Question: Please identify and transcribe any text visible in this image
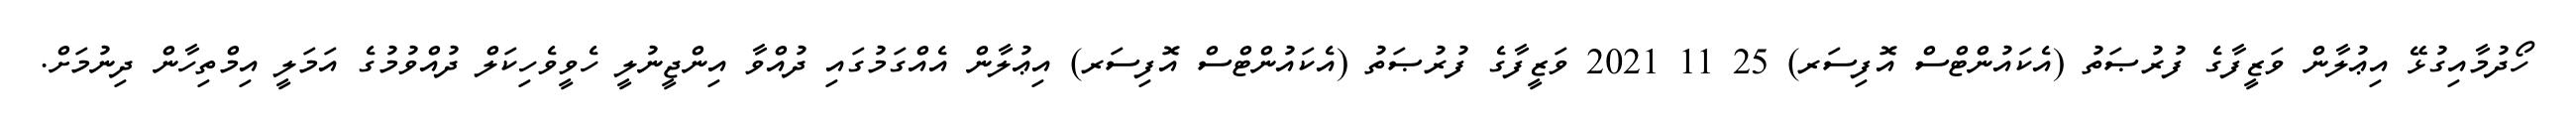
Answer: ހޯދުމާއިގުޅޭ އިޢުލާން ވަޒީފާގެ ފުރުޞަތު (އެކައުންޓްސް އޮފިސަރ) 25 11 2021 ވަޒީފާގެ ފުރުޞަތު (އެކައުންޓްސް އޮފިސަރ) އިޢުލާން އެއްގަމުގައި ދުއްވާ އިންޖީނުލީ ހެވީވެހިކަލް ދުއްވުމުގެ އަމަލީ އިމްތިހާން ދިނުމަށް.